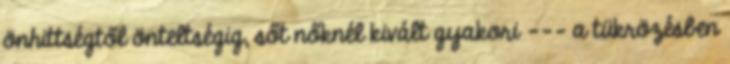
önhittségtől önteltségig, sőt nőknél kivált gyakori --- a tükrözésben